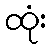
ထုံး